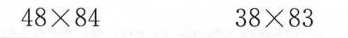
$$4 8 \times 8 4 $$ $$3 8 \times 8 3$$